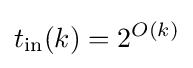
t_{\text{in}}(k)=2^{O(k)}